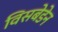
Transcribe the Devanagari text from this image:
विसबेडेन